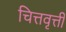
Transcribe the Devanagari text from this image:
चित्तवृत्ती